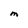
Character: M